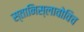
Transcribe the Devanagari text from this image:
स्तानिस्लावोविच